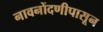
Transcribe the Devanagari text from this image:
नावनोंदणीपासून